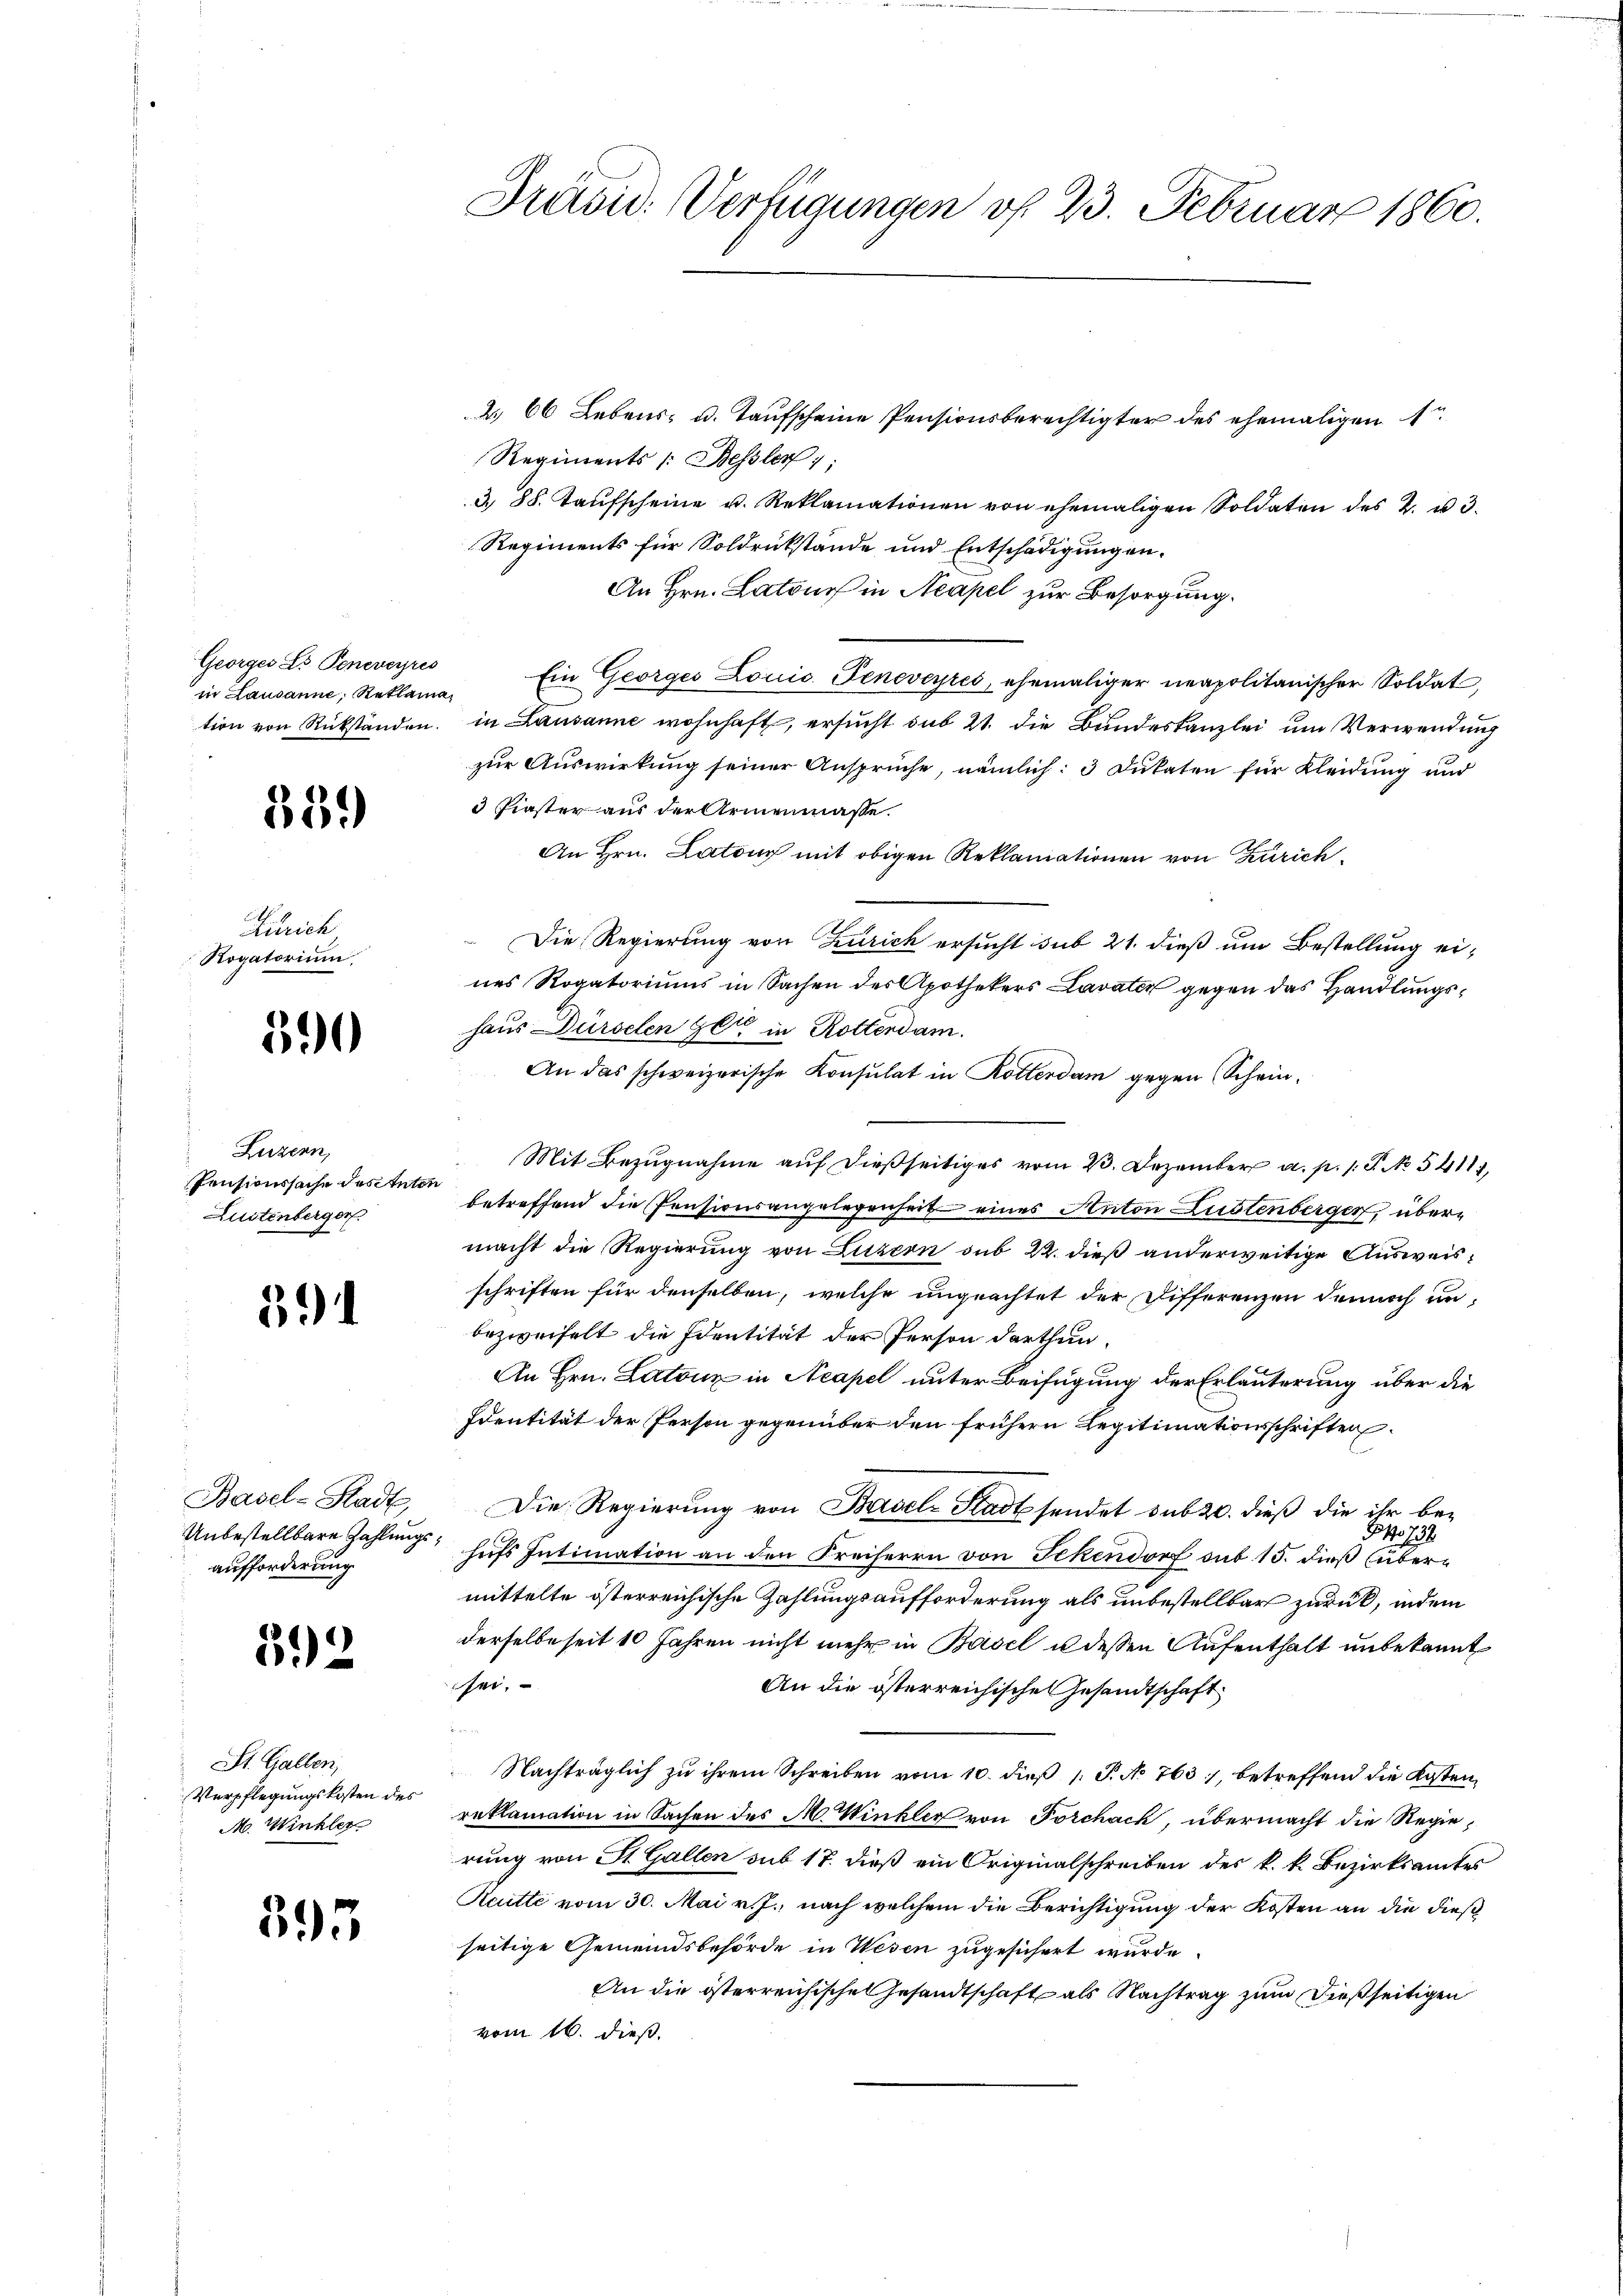
Georges Dr. Peneveyres
in Lausanne, Reklama¬

559

Zürich
Rogatorium.

590

Luzern,
Pensionssache destete
Lustenberger

3

Basel-Stadt
Unbestellbare Zahlungsaufforderung

592

St. Gallen,
Verpflegungskosten des
M. Winkler

393

Präsid. Verfügungen of 23. Februar 1860.

2. 66 Lebens- u. Taufscheine Pensionsberechtigter des ehemaligen
Regiments /: Bessler 1;
3 88. Taufscheine u. Reklamationen von ehemaligen Soldaten des 2. u 3.
Regiments für Soldrückstände und Entschädigungen.
An Hrn. Latone in Neapel zur Besorgung.
Ein Georges Louic Geneveyres, ehemaliger neapolitanischer Soldat
tion von Rükständen, in Lausanne wohnhaft, ersucht sub 21. die Bundeskanzlei um Verwendung
zur Auswirkung seiner Ansprüche, nämlich: 3 Dukaten für Kleidung und
3 Finster aus der Armenmasse.
An Hrn. Latour mit obigen Reklamationen von Zürich¬
Die Regierung von Zürich ersucht sub 21. dieß um Bestellung eines Rogatoriums in Sachen des Apothekers Lavater gegen das Handlungshaus Dürselen Get in Rottendam.
An das schweizerische Konsulat in Rotterdam gegen Schein¬
Mit Bezugnahme auf dießseitiges vom 23. Dezember a. p. /: P. No 54111,
d
betreffend die Pensionsangelegenheit eines Anton Lustenberger, übermacht die Regierung von Luzern sub 22. dieß anderweitige Ausweisschriften für denselben, welche ungeachtet der Differenzen dennoch unbezweifelt die Identität der Person darthun,
An Hrn. Latouz in Neapel unter Beifügung der Erläuterung über die
Identität der Person gegenüber den frühern Legitimationsschriften
Die Regierung von Basel-Stadt sendet sub 20. dieß die ihr be¬
Po 738
hufs Intimation an den Freiherrn von Fekendorf sub 15. dieß übermittelte österreichische Zahlungsaufforderung als unbestellbar zurück, indem
derselbe seit 10 Jahren nicht mehr in Basel il dessen Aufenthalt unbekannt
sei.
An die österreichische Gesandtschaft
Nachträglich zu ihrem Schreiben vom 10. dieß 1 P. No 763), betreffend die Kosten,
reklamation in Sachen des M. Winkler von Forchach, übermacht die Regierung von St. Gallen sub 17. dieß ein Originalschreiben des k. k. Bezirksamtes
Reutti vom 30. Mai v. J., nach welchem die Berichtigung der Kosten an die dießseitige Gemeindsbehörde in Wesen zugesichert wurde.
An die österreichische Gesandtschaft als Nachtrag zum dießseitigen
vom 16. dieß.